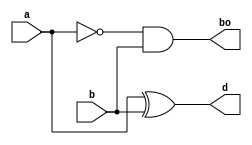
module g_halfsub(a,b,d,bo);
    input a,b;
    output d,bo;
    wire w;
    xor(d,a,b);
    not(w,a) ;
    and(bo,w,b);
endmodule